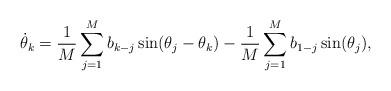
LaTeX: \begin{align*}\dot\theta_k = \frac 1M \sum_{j=1}^M b_{k-j} \sin(\theta_j-\theta_k)-\frac 1M \sum_{j=1}^M b_{1-j} \sin(\theta_j),\end{align*}